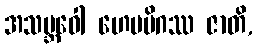
အသမ္ဘဝေါ ဟေမမိဂဿ ဇာတိ,